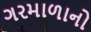
ગરમાળાનો